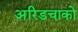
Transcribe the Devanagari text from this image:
अरिडचाको